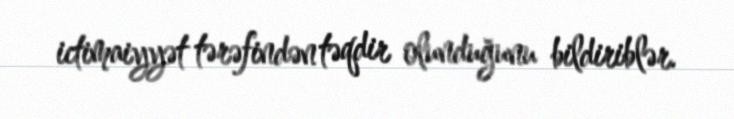
ictimaiyyət tərəfindən təqdir olunduğunu bildiriblər.